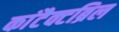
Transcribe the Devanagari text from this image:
कांटैक्टब्रिल